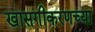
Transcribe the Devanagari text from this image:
खासगीकरणच्या